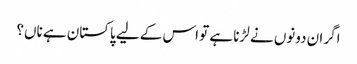
اگر ان دونوں نے لڑنا ہے تو اس کے لیے پاکستان ہے ناں؟